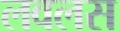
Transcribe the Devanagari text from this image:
लवलस